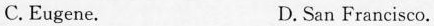
C. Eugene. D. San Francisco.